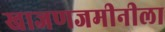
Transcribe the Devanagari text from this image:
खाजणजमीनीला